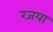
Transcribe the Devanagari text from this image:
रजया